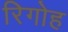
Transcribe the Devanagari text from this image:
रिगोह